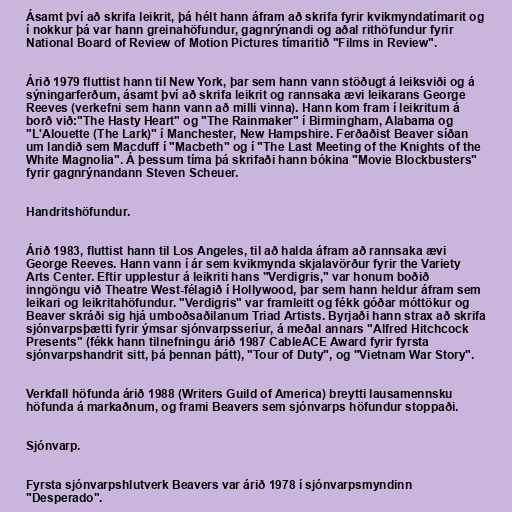
Ásamt því að skrifa leikrit, þá hélt hann áfram að skrifa fyrir kvikmyndatímarit og
í nokkur þá var hann greinahöfundur, gagnrýnandi og aðal rithöfundur fyrir
National Board of Review of Motion Pictures tímaritið "Films in Review".

Árið 1979 fluttist hann til New York, þar sem hann vann stöðugt á leiksviði og á
sýningarferðum, ásamt því að skrifa leikrit og rannsaka ævi leikarans George
Reeves (verkefni sem hann vann að milli vinna). Hann kom fram í leikritum á
borð við:"The Hasty Heart" og "The Rainmaker" í Birmingham, Alabama og
"L'Alouette (The Lark)" í Manchester, New Hampshire. Ferðaðist Beaver síðan
um landið sem Macduff í "Macbeth" og í "The Last Meeting of the Knights of the
White Magnolia". Á þessum tíma þá skrifaði hann bókina "Movie Blockbusters"
fyrir gagnrýnandann Steven Scheuer.

Handritshöfundur.

Árið 1983, fluttist hann til Los Angeles, til að halda áfram að rannsaka ævi
George Reeves. Hann vann í ár sem kvikmynda skjalavörður fyrir the Variety
Arts Center. Eftir upplestur á leikriti hans "Verdigris," var honum boðið
inngöngu við Theatre West-félagið í Hollywood, þar sem hann heldur áfram sem
leikari og leikritahöfundur. "Verdigris" var framleitt og fékk góðar móttökur og
Beaver skráði sig hjá umboðsaðilanum Triad Artists. Byrjaði hann strax að skrifa
sjónvarpsþætti fyrir ýmsar sjónvarpsseríur, á meðal annars "Alfred Hitchcock
Presents" (fékk hann tilnefningu árið 1987 CableACE Award fyrir fyrsta
sjónvarpshandrit sitt, þá þennan þátt), "Tour of Duty", og "Vietnam War Story".

Verkfall höfunda árið 1988 (Writers Guild of America) breytti lausamennsku
höfunda á markaðnum, og frami Beavers sem sjónvarps höfundur stoppaði.

Sjónvarp.

Fyrsta sjónvarpshlutverk Beavers var árið 1978 í sjónvarpsmyndinn
"Desperado".